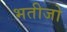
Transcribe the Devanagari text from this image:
भतीजो